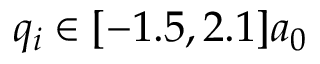
q _ { i } \in [ - 1 . 5 , 2 . 1 ] a _ { 0 }